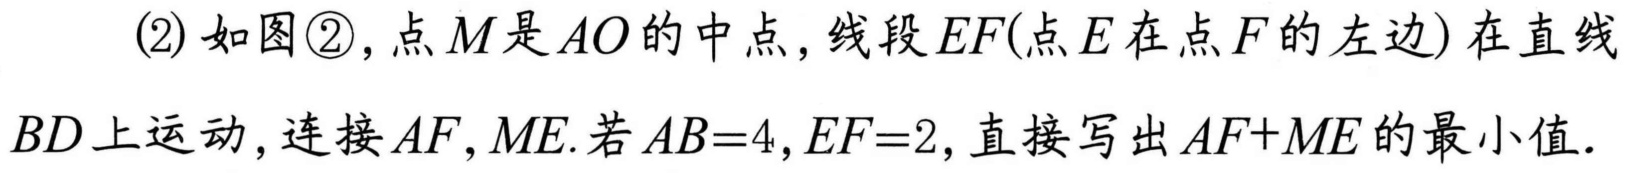
(2) 如图\textcircled{2}，点\(M\)是\(AO\)的中点，线段\(EF\)(点\(E\)在点\(F\)的左边) 在直线\(BD\)上运动，连接\(AF,ME\). 若\(AB = 4,EF = 2\)，直接写出\(AF + ME\)的最小值.